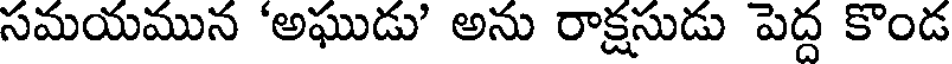
సమయమున 'అఘుడు' అను రాక్షసుడు పెద్ద కొండ